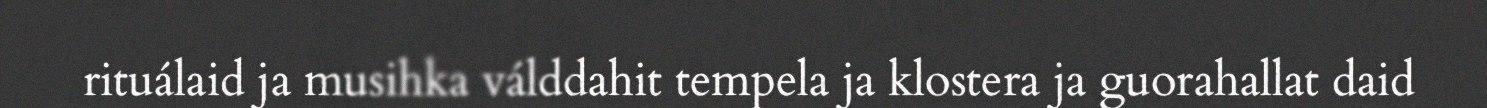
rituálaid ja musihka válddahit tempela ja klostera ja guorahallat daid